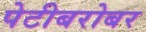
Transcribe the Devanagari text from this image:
पेटीबरोबर